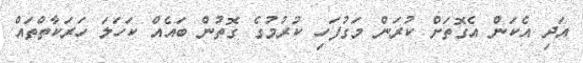
އަދި އެކަން އެގޮތަށް ކުރަން މަގުފަހި ކުރުމުގެ ގޮތުން ބައެއް ކަހަލަ ހަރަކާތްތައް